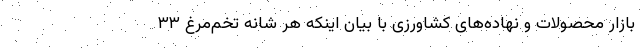
بازار محصولات و نهاده‌های کشاورزی با بیان اینکه هر شانه تخم‌مرغ ۳۳